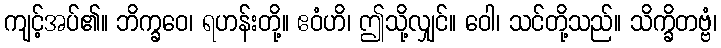
ကျင့်အပ်၏။ ဘိက္ခဝေ၊ ရဟန်းတို့။ ဧဝံဟိ၊ ဤသို့လျှင်။ ဝေါ၊ သင်တို့သည်။ သိက္ခိတဗ္ဗံ၊